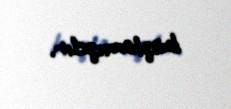
başlamışdır.